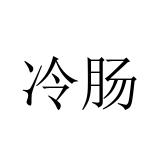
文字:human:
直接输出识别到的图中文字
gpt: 冷肠